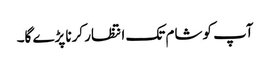
آپ کو شام تک انتظار کرنا پڑے گا۔